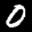
Label: 0